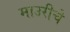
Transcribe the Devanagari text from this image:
माउरीचे